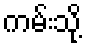
ကမ်းသို့